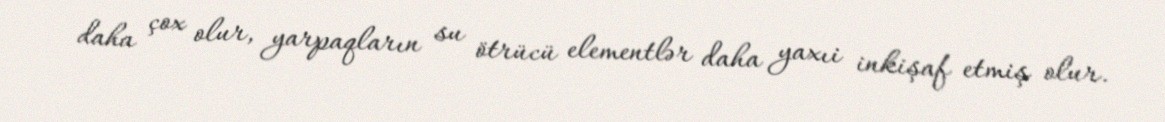
daha çox olur, yarpaqların su ötrücü elementlər daha yaxıi inkişaf etmiş olur.